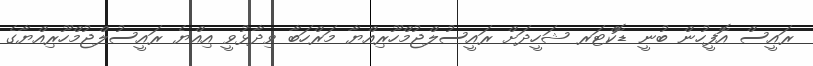
ރައީސް އޮފީހުން ބުނީ ޑޮކްޓަރ ޝަހީދަށް ރައީސުލްޖުމްހޫރިއްޔާ މަރްހަބާ ވިދާޅުވީ އިއްޔެ ރައީސުލްޖުމްހޫރިއްޔާގެ